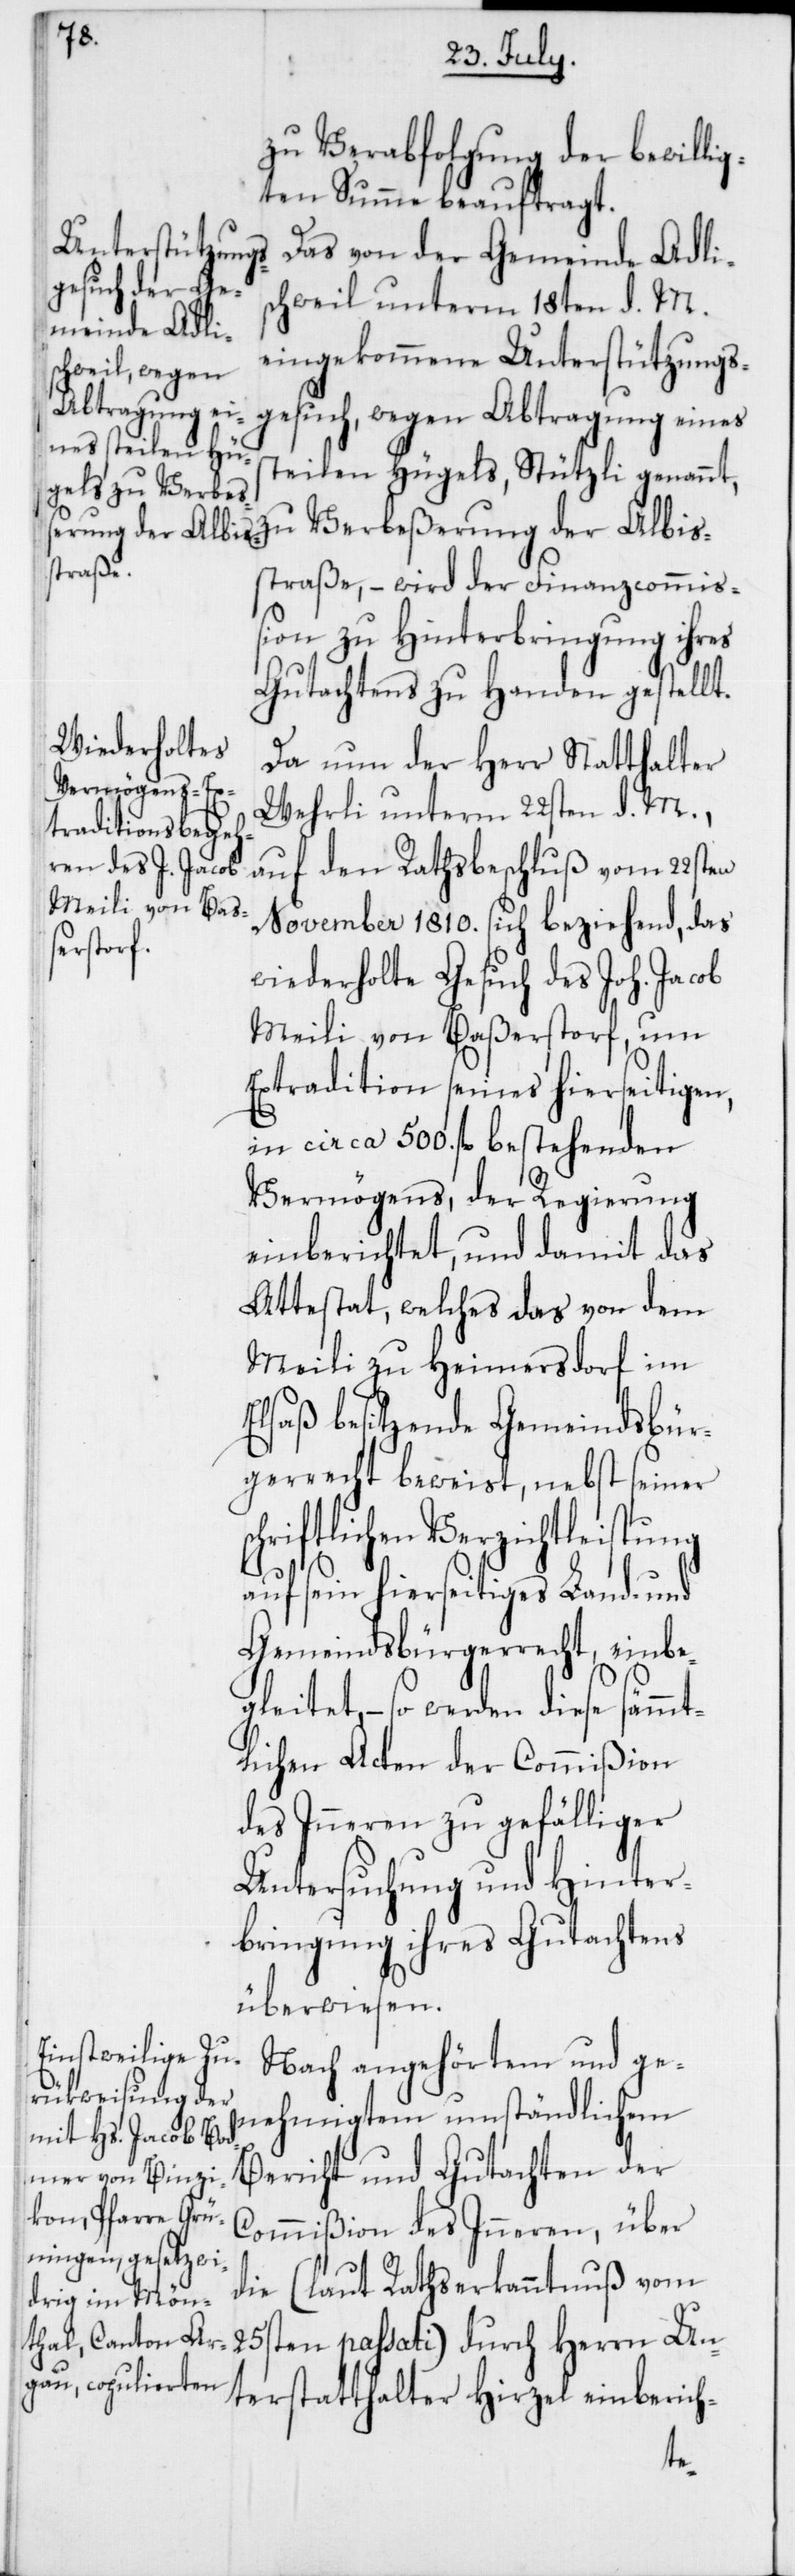
zu Verbeßerung der Albis¬
ten Summe beauftragt.
Das von der Gemeinde Adli¬
schweil unterm 18ten d. M.
eingekommene Unterstützungs¬
gesuch, wegen Abtragung eines
steilen Hügels, Stützli genannt,
straße, – wird der Finanzcommi¬
ßion zu Hinterbringung ihres
Gutachtens zu Handen gestellt.
Da nun der Herr Statthalter
Wehrli unterm 22sten d. M.,
auf den Rathsbeschluß vom 22sten
November 1810. sich beziehend, das
wiederholte Gesuch des Joh. Jacob
Meili von Baßerstorf, um
Extradition seines hierseitigen,
in circa 500. fl. bestehenden
Vermögens, der Regierung
einberichtet, und damit das
Attestat, welches das von dem
Meili zu Heimersdorf im
Elsaß besitzende Gemeindsbür¬
gerrecht beweist, nebst seiner
schriftlichen Verzichtleistung
auf sein hierseitiges Land- und
Gemeindsbürgerrecht, einbe¬
gleitet, – so werden diese sämm¬
tlichen Acten der Commißion
des Inneren zu gefälliger
Untersuchung und Hinter¬
bringung ihres Gutachtens
überwiesen.
Nach angehörtem und ge¬
nehmigtem umständlichen
Bericht und Gutachten der
Commißion des Inneren, über
die (laut Rathserkanntnuß vom
25sten passati) durch Herrn Un¬
terstatthalter Hirzel einberich-